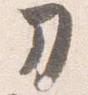
刀